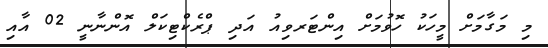
މި މަގާމަށް މީހަކު ހޮވުމަށް އިންޓަރވިއު އަދި ޕްރެކްޓިކަލް އޮންނާނީ 02 އާއި